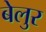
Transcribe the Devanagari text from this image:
बेलुर